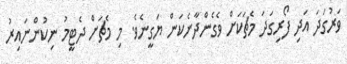
ވަރުގަދަ އަދި ފޯރިގަދަ މެޗަކަށް ވެގެންދާނެކަން ޔަގީނެވެ. މި މެޗަށް ދެޓީމު ނިކުންނައިރު